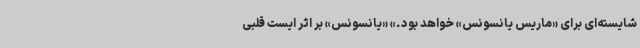
شایسته‌ای برای «ماریس یانسونس» خواهد بود.» «یانسونس» بر اثر ایست قلبی